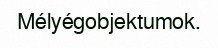
Mélyégobjektumok.